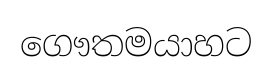
ගෞතමයාහට